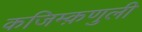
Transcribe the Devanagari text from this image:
कजिम्क़णुली